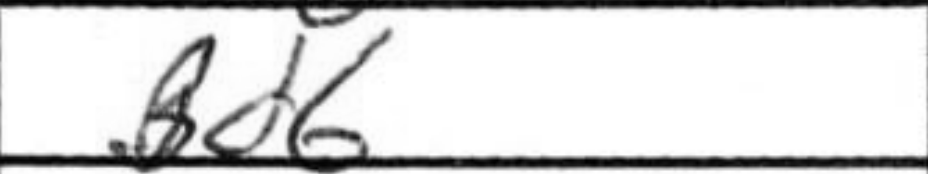
Transcription: Bd6